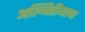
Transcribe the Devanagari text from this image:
अल्जिरीयाचा